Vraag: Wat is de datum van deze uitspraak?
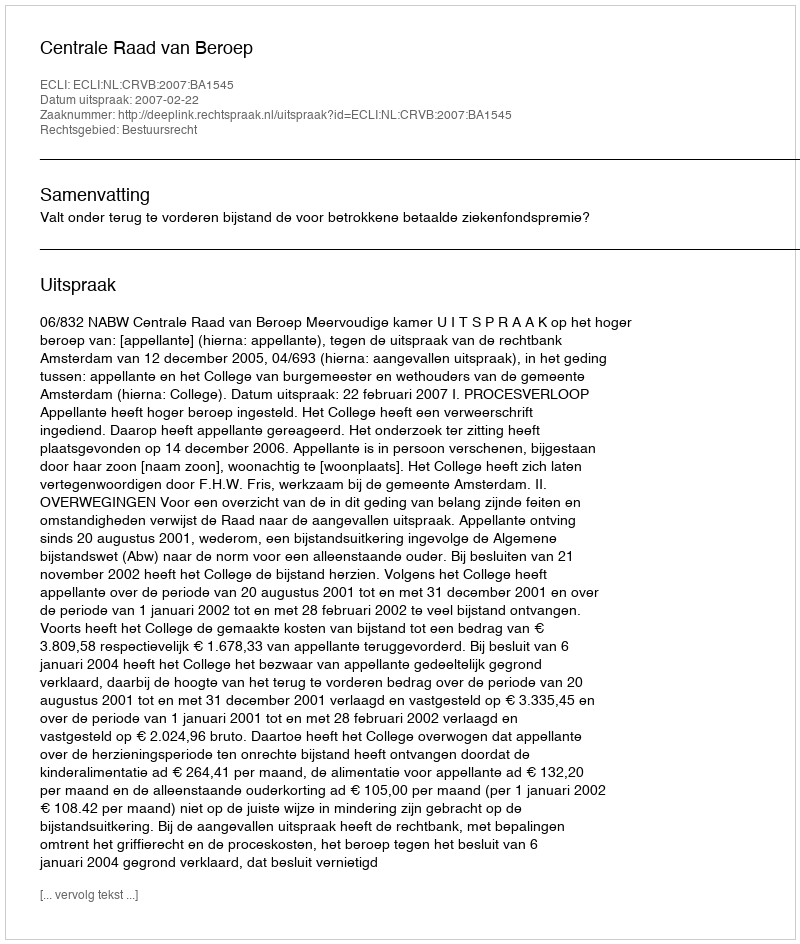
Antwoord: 2007-02-22